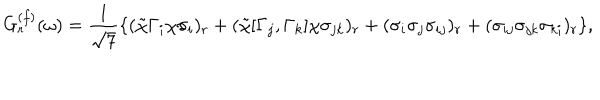
LaTeX: G _ { r } ^ { ( f ) } ( \omega ) = \frac { 1 } { \sqrt { 7 } } \{ ( \tilde { \chi } \Gamma _ { i } \chi \sigma _ { i } ) _ { r } + ( \tilde { \chi } [ \Gamma _ { j } , \Gamma _ { k } ] \chi \sigma _ { j k } ) _ { r } + ( \sigma _ { i } \sigma _ { j } \sigma _ { i j } ) _ { r } + ( \sigma _ { i j } \sigma _ { j k } \sigma _ { k i } ) _ { r } \} ,